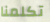
تكلمنا